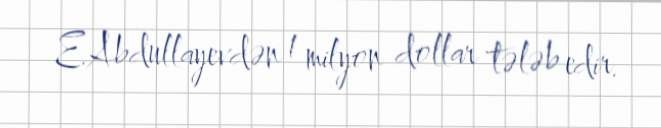
E.Abdullayevdən 1 milyon dollar tələb edir.